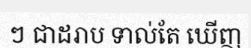
ៗ ជាដរាប ទាល់តែ ឃើញ